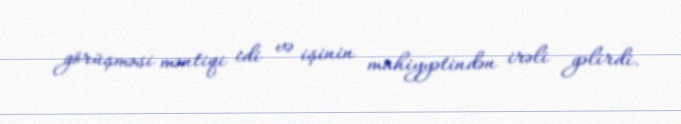
görüşməsi məntiqi idi və işinin mahiyyətindən irəli gəlirdi.